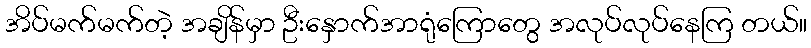
အိပ်မက်မက်တဲ့ အချိန်မှာ ဦးနှောက်အာရုံကြောတွေ အလုပ်လုပ်နေကြ တယ်။